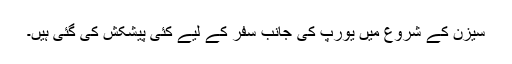
سیزن کے شروع میں یورپ کی جانب سفر کے لیے کئی پیشکش کی گئی ہیں۔